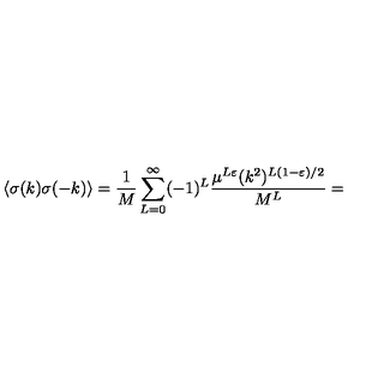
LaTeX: \langle \sigma ( k ) \sigma ( - k ) \rangle = \frac { 1 } { M } \sum _ { L = 0 } ^ { \infty } ( - 1 ) ^ { L } \frac { \mu ^ { L \varepsilon } ( k ^ { 2 } ) ^ { L ( 1 - \varepsilon ) / 2 } } { M ^ { L } } =